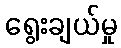
ရွေးချယ်မှု